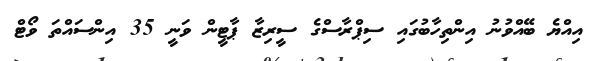
އިއްޔެ ބޭއްވުނު އިންތިހާބުގައި ސިޕްރާސްގެ ސީރިޒާ ޕާޓީން ވަނީ 35 އިންސައްތަ ވޯޓް